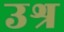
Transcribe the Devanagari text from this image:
उश्र